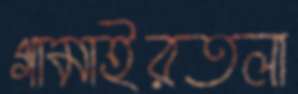
গামাইরতলা